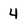
Character: 4